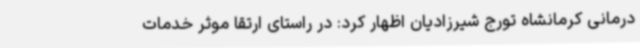
درمانی کرمانشاه تورج شیرزادیان اظهار کرد: در راستای ارتقا موثر خدمات